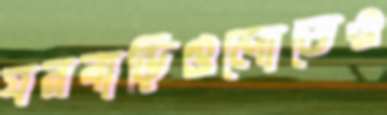
ঘরবাড়িগুলোতেও